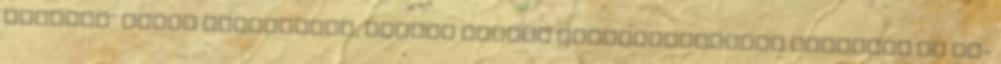
gyermek" miatt búslakodik, Farkas Dániel ezüstcilinderes Oberonja is fe-